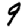
Digit: 9